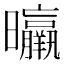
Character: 㬯